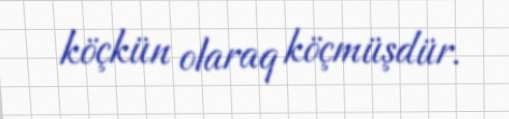
köçkün olaraq köçmüşdür.